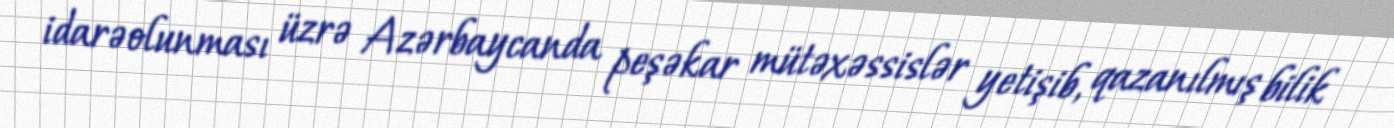
idarəolunması üzrə Azərbaycanda peşəkar mütəxəssislər yetişib, qazanılmış bilik